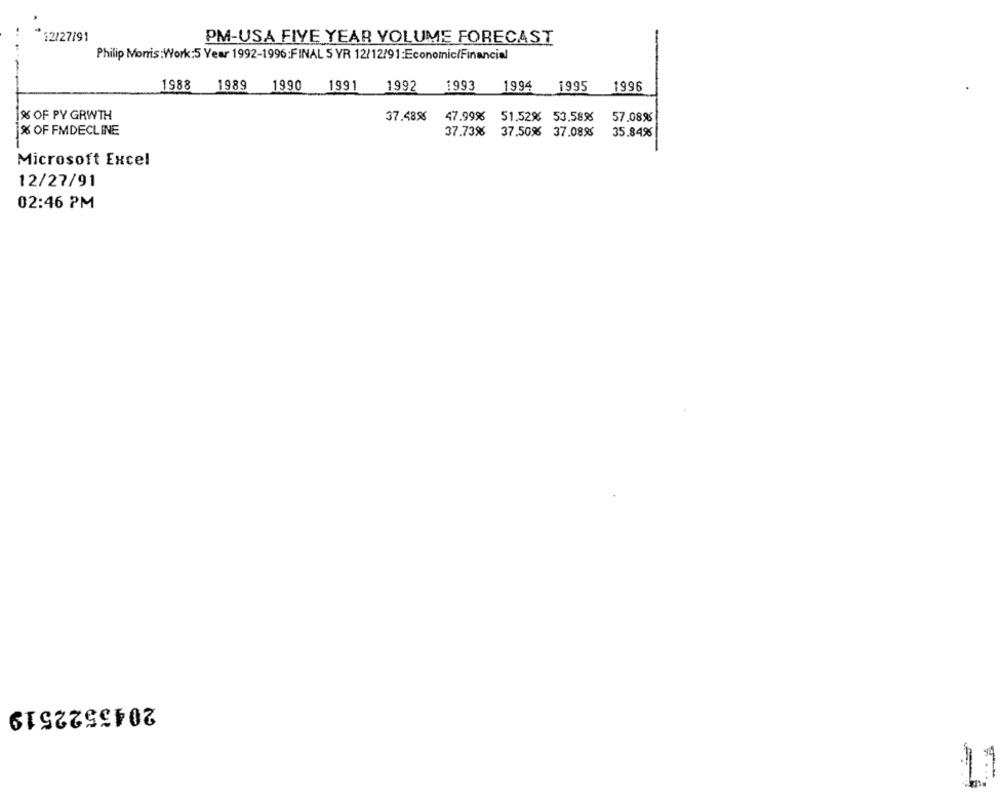
12/27/91
PM-USA FIVE YEAR VOLUME FORECAST
Philip Morris :Work:5 Year 1992-1996:FINAL 5 YR 12/12/91:Economic/Financial
1988
1989 1990
1991
1992
1993
1994
1995
1996
1% OF PY GRWTH
37.4895
47.99% 51.52% 53.589
57.0895
% OF FMDECLINE
37.73% 37.50% 37.089
35.84%
Microsoft Excel
12/27/91
02:46 PM
2045522519
11